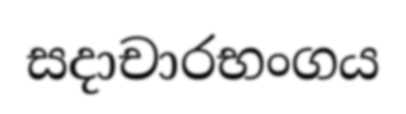
සදාචාරභංගය